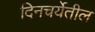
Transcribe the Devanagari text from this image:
दिनचर्येतील